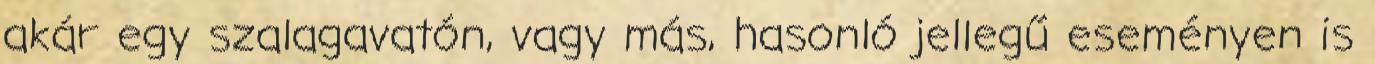
akár egy szalagavatón, vagy más, hasonló jellegű eseményen is